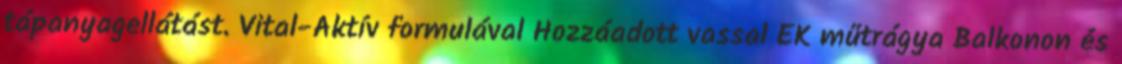
tápanyagellátást. Vital-Aktív formulával Hozzáadott vassal EK műtrágya Balkonon és